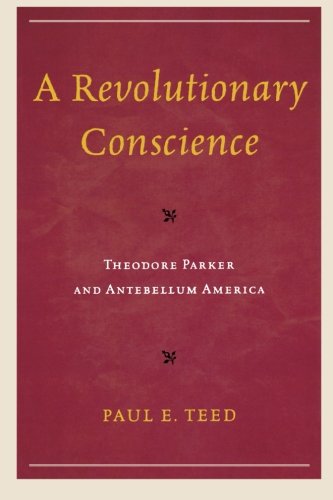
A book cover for A Revolutionary Conscience: Theodore Parker and Antebellum America; Paul E. Teed; Religion & Spirituality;